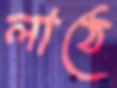
লাঠে